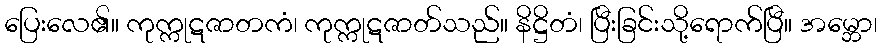
ပြေးလေ၏။ ကုက္ကုဋဇာတကံ၊ ကုက္ကုဋဇာတ်သည်။ နိဋ္ဌိတံ၊ ပြီးခြင်းသို့ရောက်ပြီ။ အမ္ဘော၊